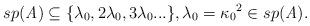
LaTeX: \begin{align*}sp(\mathit{A}) \subseteq \{\lambda_0, 2\lambda_0,3\lambda_0...\}, \lambda_0={\kappa_{0}}^2 \in sp(\mathit{A}).\end{align*}